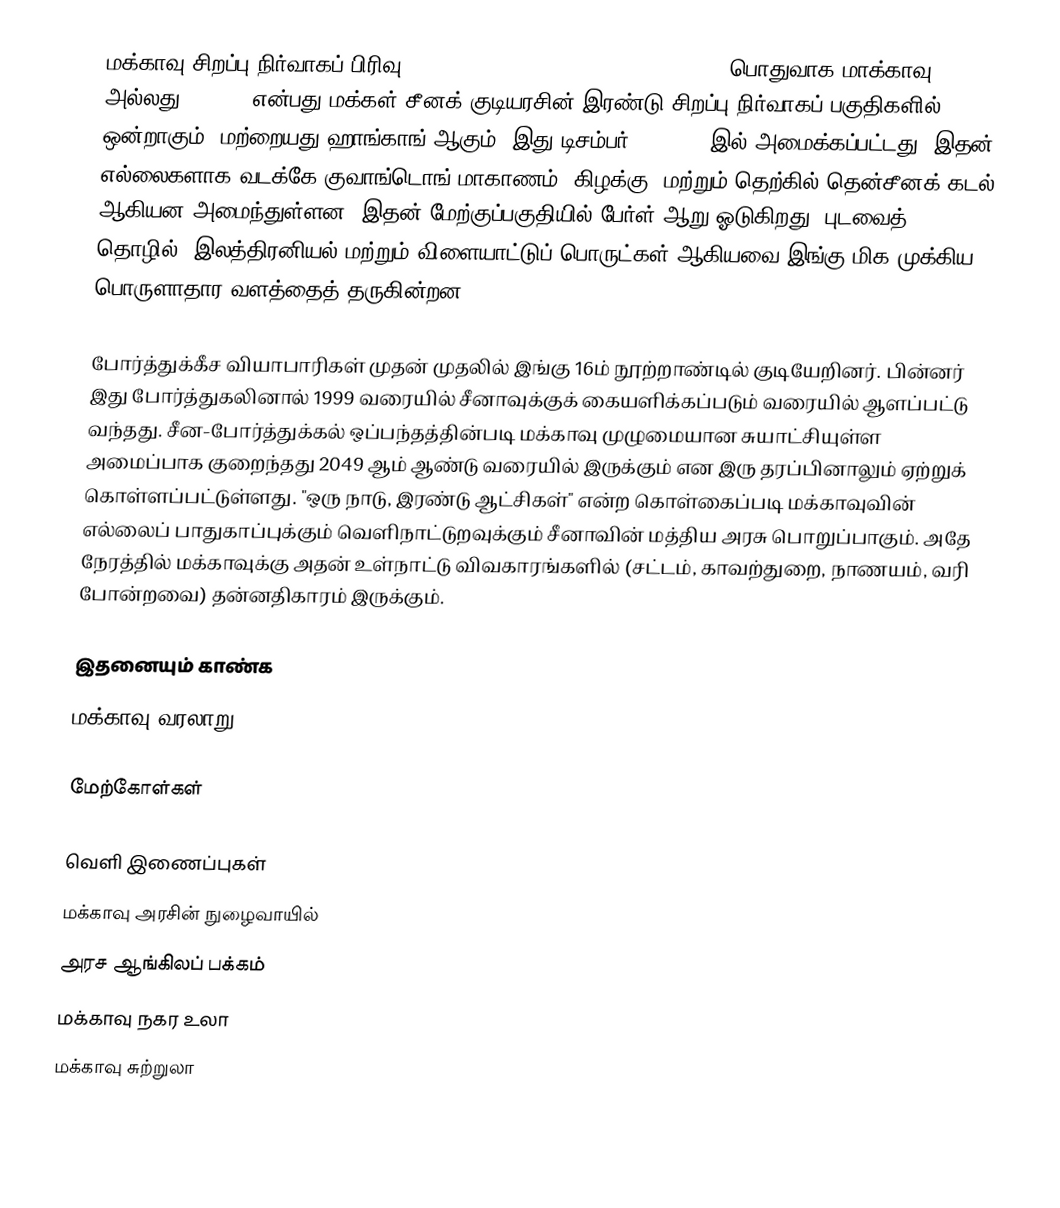
மக்காவு சிறப்பு நிர்வாகப் பிரிவு (Macau Special Administrative Region), பொதுவாக மாக்காவு (Macau அல்லது Macao), என்பது மக்கள் சீனக் குடியரசின் இரண்டு சிறப்பு நிர்வாகப் பகுதிகளில் ஒன்றாகும். மற்றையது ஹாங்காங் ஆகும். இது டிசம்பர் 20, 1999 இல் அமைக்கப்பட்டது. இதன் எல்லைகளாக வடக்கே குவாங்டொங் மாகாணம், கிழக்கு, மற்றும் தெற்கில் தென்சீனக் கடல் ஆகியன அமைந்துள்ளன. இதன் மேற்குப்பகுதியில் பேர்ள் ஆறு ஓடுகிறது. புடவைத் தொழில், இலத்திரனியல் மற்றும் விளையாட்டுப் பொருட்கள் ஆகியவை இங்கு மிக முக்கிய பொருளாதார வளத்தைத் தருகின்றன.

போர்த்துக்கீச வியாபாரிகள் முதன் முதலில் இங்கு 16ம் நூற்றாண்டில் குடியேறினர். பின்னர் இது போர்த்துகலினால் 1999 வரையில் சீனாவுக்குக் கையளிக்கப்படும் வரையில் ஆளப்பட்டு வந்தது. சீன-போர்த்துக்கல் ஒப்பந்தத்தின்படி மக்காவு முழுமையான சுயாட்சியுள்ள அமைப்பாக குறைந்தது 2049 ஆம் ஆண்டு வரையில் இருக்கும் என இரு தரப்பினாலும் ஏற்றுக் கொள்ளப்பட்டுள்ளது. "ஒரு நாடு, இரண்டு ஆட்சிகள்" என்ற கொள்கைப்படி மக்காவுவின் எல்லைப் பாதுகாப்புக்கும் வெளிநாட்டுறவுக்கும் சீனாவின் மத்திய அரசு பொறுப்பாகும். அதே நேரத்தில் மக்காவுக்கு அதன் உள்நாட்டு விவகாரங்களில் (சட்டம், காவற்துறை, நாணயம், வரி போன்றவை) தன்னதிகாரம் இருக்கும்.

இதனையும் காண்க
 மக்காவு வரலாறு

மேற்கோள்கள்

வெளி இணைப்புகள்
 மக்காவு அரசின் நுழைவாயில்
 அரச ஆங்கிலப் பக்கம்
 மக்காவு நகர உலா
 மக்காவு சுற்றுலா